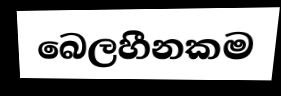
බෙලහීනකම